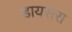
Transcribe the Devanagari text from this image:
डायसरा